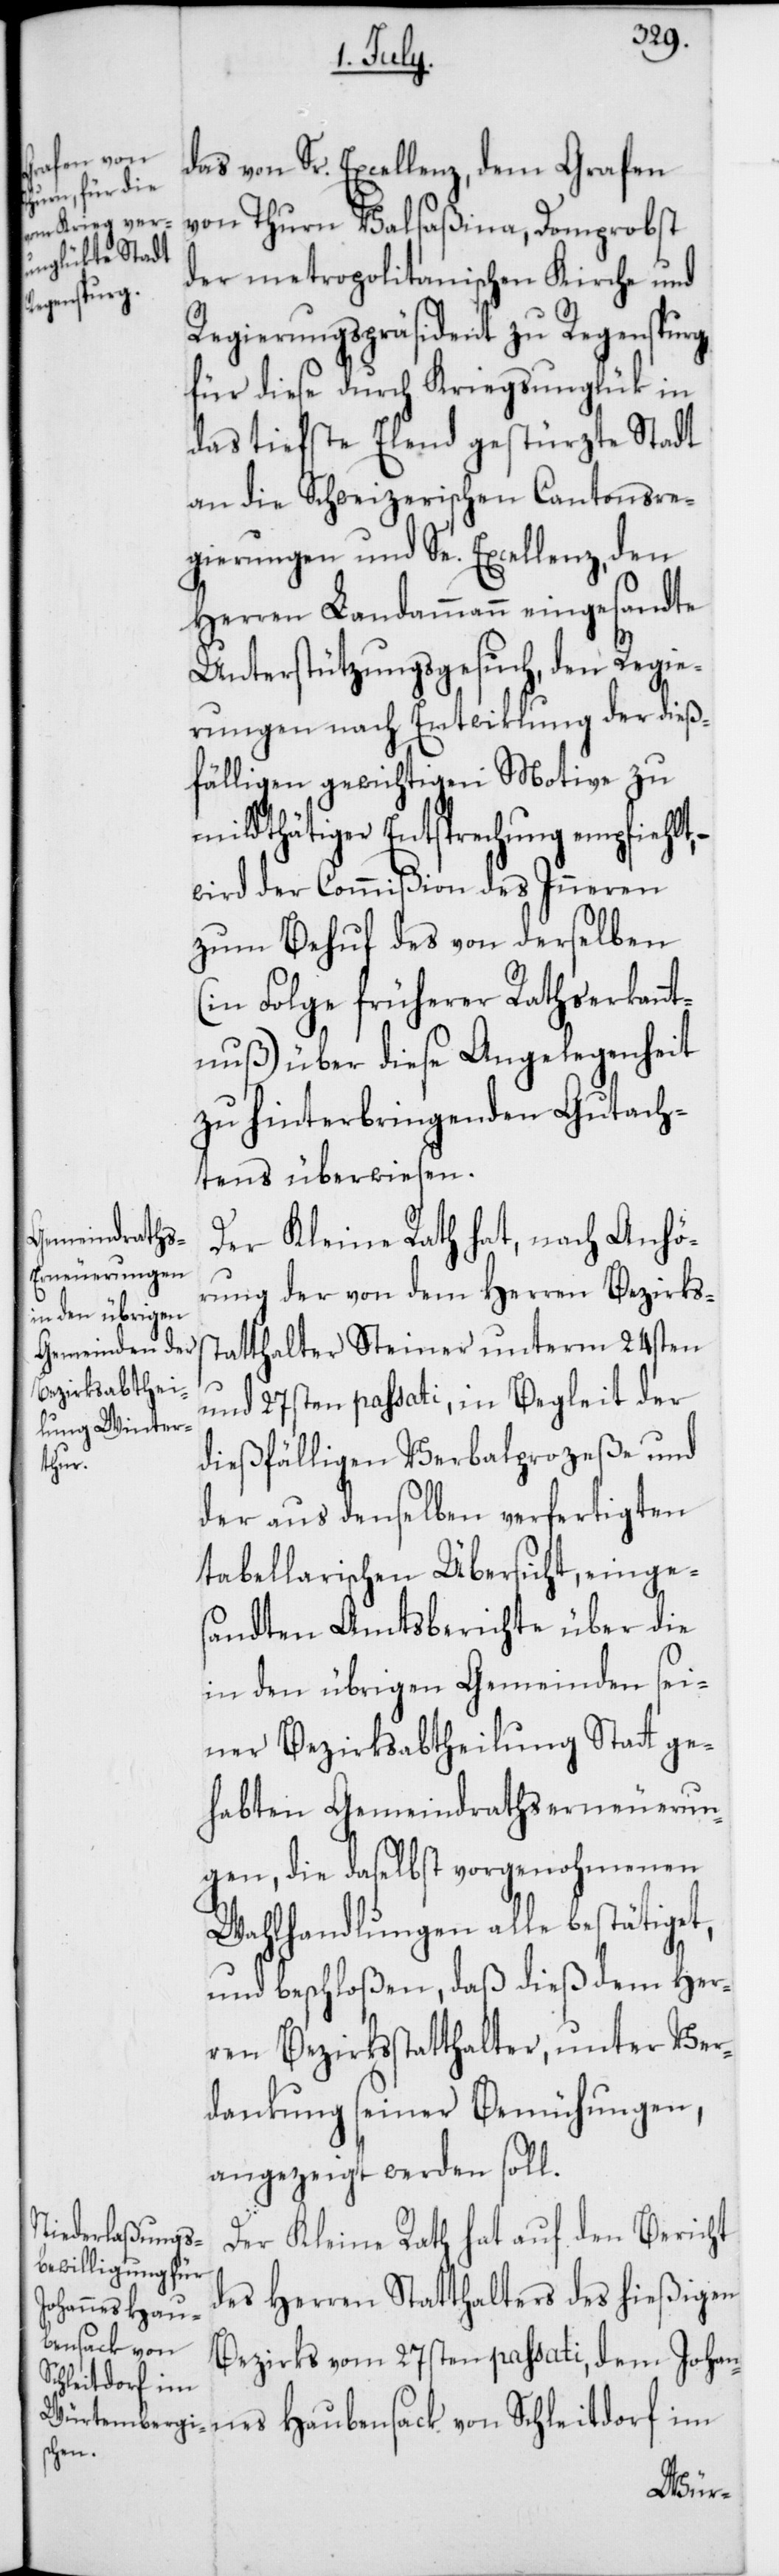
das von Sr. Excellenz, dem Grafen
von Thurn Valsaßina, Domprobst
der metropolitanischen Kirche und
Regierungspräsident zu Regenspurg,
für diese durch Kriegsunglük in
das tiefste Elend gestürzte Stadt
an die Schweizerischen Cantonsre¬
gierungen und Se. Excellenz, den
Herren Landammann eingesandte
Unterstützungsgesuch, den Regie¬
rungen nach Entwicklung der dieß¬
fälligen gewichtigen Motive zu
mildthätiger Entsprechung empfiehlt,
wird der Commißion des Inneren
zum Behuf des von derselben
(in Folge früherer Rathserkannt¬
nuß) über diese Angelegenheit
zu hinterbringenden Gutach¬
tens überwiesen.
Der Kleine Rath hat, nach Anhö¬
rung der von dem Herren Bezirks¬
statthalter Steiner unterm 24sten
und 27sten passati, in Begleit der
dießfälligen Verbalprozeße und
der aus denselben verfertigten
tabellarischen Übersicht, einge¬
sandten Amtsberichte über die
in den übrigen Gemeinden sei¬
ner Bezirksabtheilung Stat ge¬
habten Gemeindrathserneuerun¬
gen, die daselbst vorgenohmenen
Wahlhandlungen alle bestätiget,
und beschloßen, daß dieß dem Her¬
ren Bezirksstatthalter, unter Ver¬
dankung seiner Bemühungen,
angezeigt werden soll.
Der Kleine Rath hat auf den Bericht
des Herren Statthalters des hießigen
Bezirks vom 27sten passati, dem Johan¬
nes Haubensack von Schleitdorf im